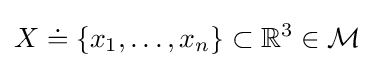
X\doteq \{x_{1},\dots ,x_{n}\}\subset {\mathbb {R} }^{3}\in {\mathcal {M}}